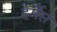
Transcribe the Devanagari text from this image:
हेर्मैस